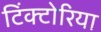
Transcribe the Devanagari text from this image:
टिंक्टोरिया